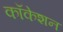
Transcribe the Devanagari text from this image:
कॉकेशन